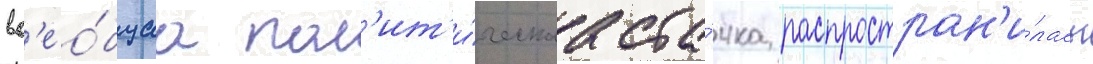
вс'ео́бщаа пол'ит'и́ческаа ста́чка распростран'и́лась